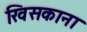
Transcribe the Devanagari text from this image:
खिसकाना